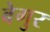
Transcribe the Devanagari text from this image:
बेगुर